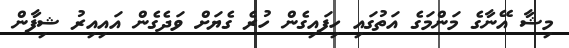
މިޝާ އޭނާގެ މަންމަގެ އަތުގައި ހިފައިގެން ހުރެ ގެޔަށް ވަދެގެން އައިއިރު ޝިފާން